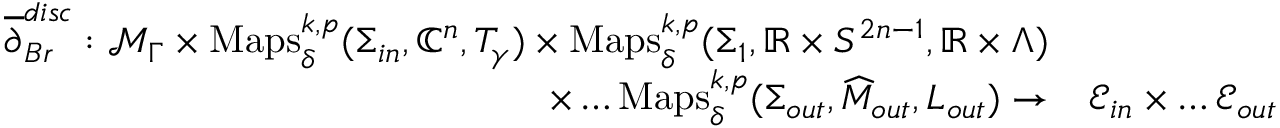
\begin{array} { r l } { \overline { { \partial } } _ { B r } ^ { d i s c } : \mathcal { M } _ { \Gamma } \times \mathrm { M a p s } _ { \delta } ^ { k , p } ( \Sigma _ { i n } , \mathbb { C } ^ { n } , T _ { \gamma } ) \times \mathrm { M a p s } _ { \delta } ^ { k , p } ( \Sigma _ { 1 } , \mathbb { R } \times S ^ { 2 n - 1 } , \mathbb { R } \times \Lambda ) } \\ { \times \dots \mathrm { M a p s } _ { \delta } ^ { k , p } ( \Sigma _ { o u t } , \widehat M _ { o u t } , L _ { o u t } ) \to } & { \mathcal { E } _ { i n } \times \dots \mathcal { E } _ { o u t } } \end{array}